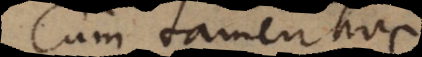
Cum tamen hoc